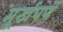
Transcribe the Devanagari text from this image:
मूर्खपणें